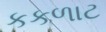
કકળાટ